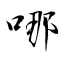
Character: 哪